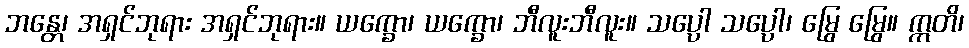
ဘန္တေ၊ အရှင်ဘုရား အရှင်ဘုရား။ ယက္ခော၊ ယက္ခော၊ ဘီလူးဘီလူး။ သပ္ပေါ သပ္ပေါ၊ မြွေ မြွေ။ ဣတိ၊